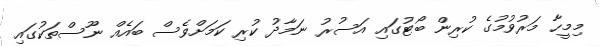
މިމީހާ މަރުވުމުގެ ކުރިން ބޯޓުގައި އަސުރު ނަމާދު ކުރި ކަމަށްވެސް ބައެއް ނޫސްތަކުގައި